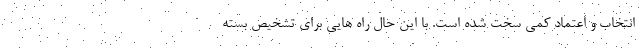
انتخاب و اعتماد کمی سخت شده است. با این حال راه هایی برای تشخیص بسته